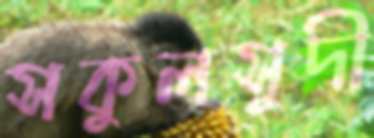
সকুলসুদী